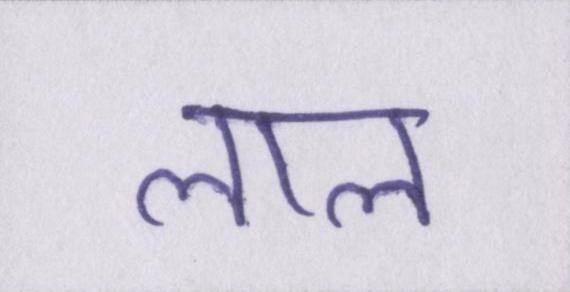
लाल